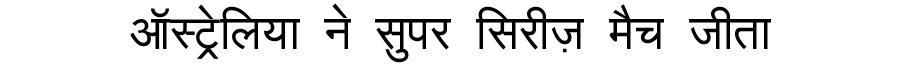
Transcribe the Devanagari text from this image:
ऑस्ट्रेलिया ने सुपर सिरीज़ मैच जीता